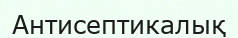
Антисептикалық